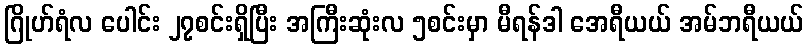
ဂြိုဟ်ရံလ ပေါင်း ၂၇စင်းရှိပြီး အကြီးဆုံးလ ၅စင်းမှာ မီရန်ဒါ အေရီယယ် အမ်ဘရီယယ်